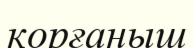
корғаныш